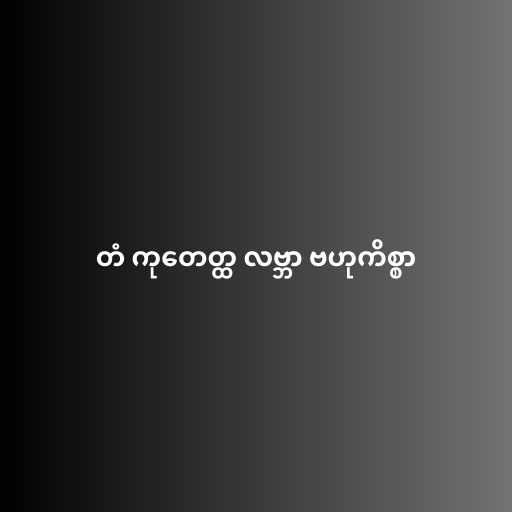
တံ ကုတေတ္ထ လဗ္ဘာ ဗဟုကိစ္စာ